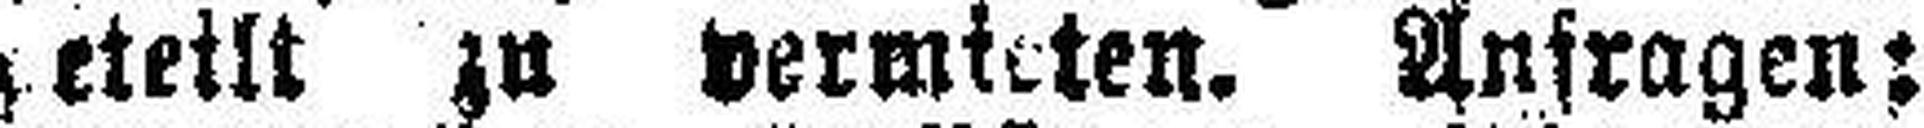
###eteilt zu vermieten. Anfragen;